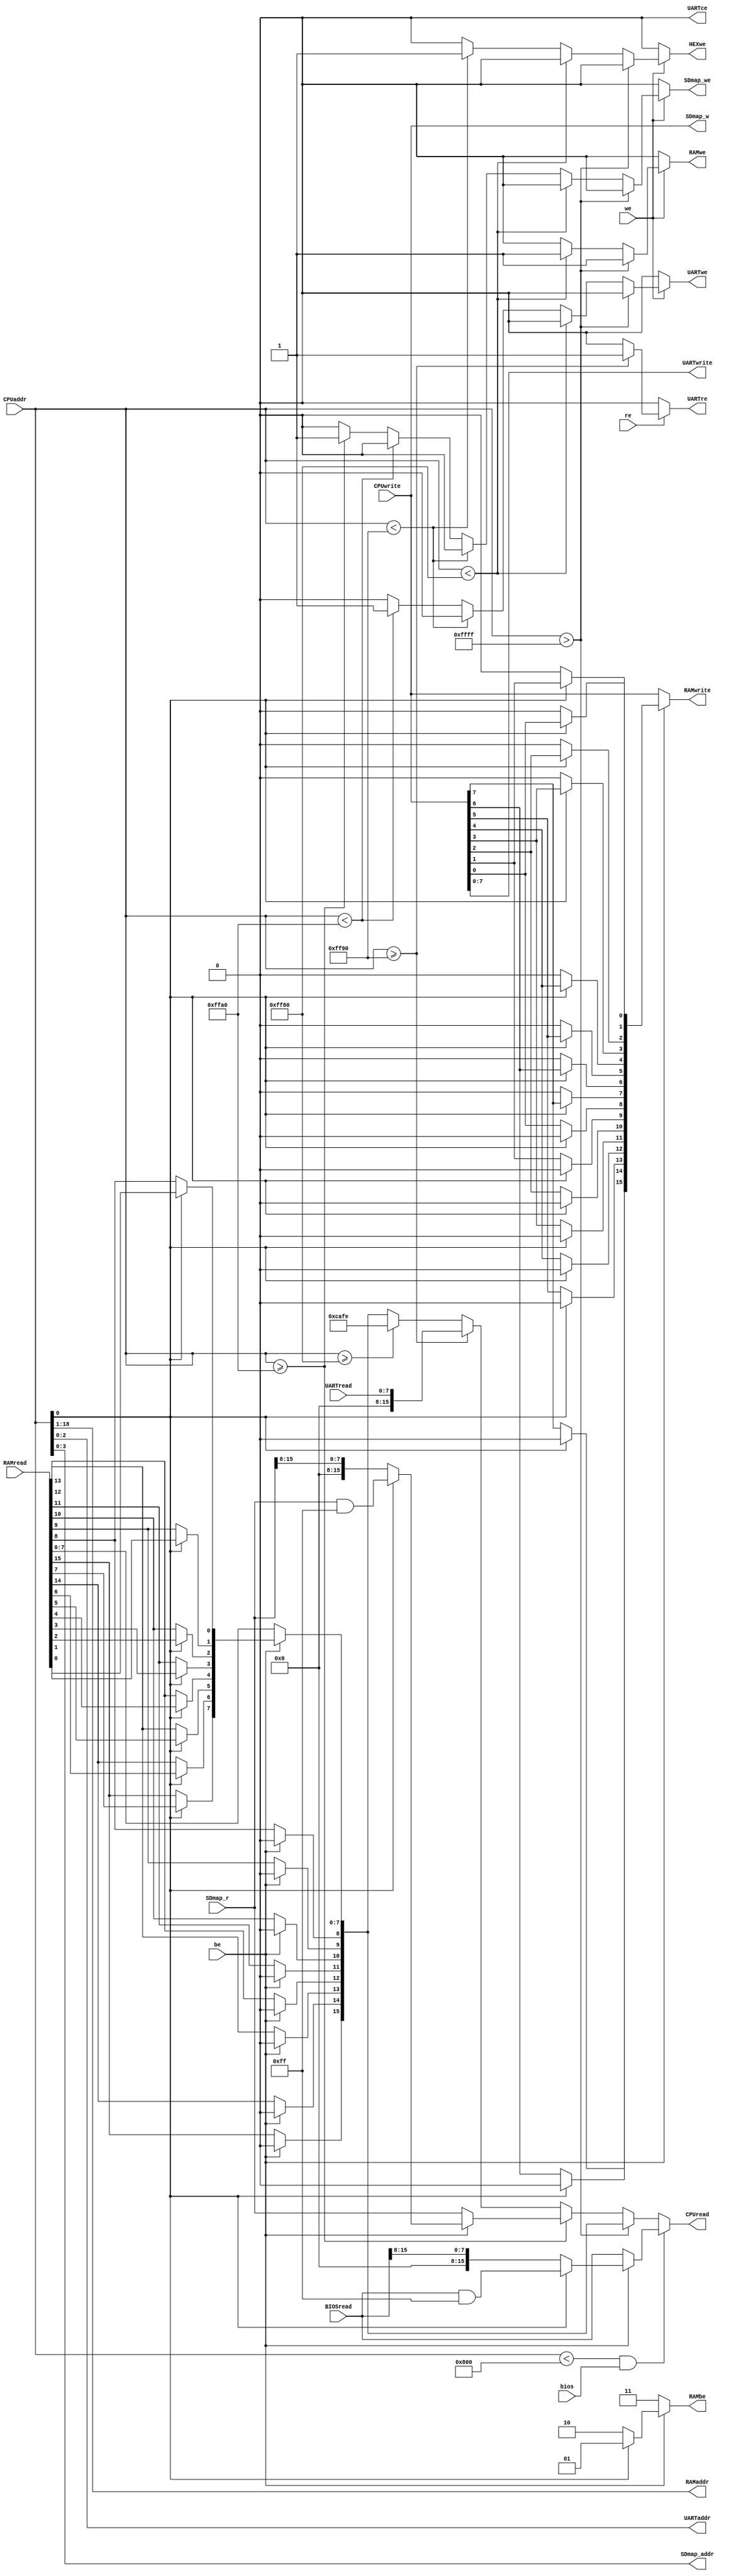
// Memory I/O & bus controller

module memory_io(
 CPUread,
 CPUwrite,
 CPUaddr,
 be,
 we,
 re,
 RAMread,
 RAMwrite,
 RAMaddr,
 RAMbe,
 RAMwe,
 UARTread,
 UARTwrite,
 UARTaddr,
 UARTwe,
 UARTre,
 UARTce,
 HEXwe,
 BIOSread,
 bios,
 SDmap_r,
 SDmap_w,
 SDmap_addr,
 SDmap_we
);

output [3:0] SDmap_addr;

input [15:0] CPUwrite, RAMread, BIOSread, SDmap_r;
output [15:0] CPUread, RAMwrite, SDmap_w;

input [7:0] UARTread;
output [7:0] UARTwrite;

input [18:0] CPUaddr;
output [17:0] RAMaddr;
output [2:0] UARTaddr;

input we, be, re, bios;
output RAMwe, UARTwe, UARTre, UARTce, HEXwe, SDmap_we;
output [1:0] RAMbe;

// internal thingies
wire [17:0] RAMaddr;
wire [15:0] CPUread;
reg [15:0] data, wdata, BIOSdata, SDdata;
reg RAMwe, UARTwe, UARTce, UARTre, HEXwe, SDmap_we;
reg [31:0] SDw_buf, SDr_buf;

reg [1:0] RAMbe;

// Memory map
// 0x0000 - 0xff6f -> RAM
// 0xff70 - 0xff7f -> Interrupt vector (16 instructions max, push fault_nr and branch_) - is just RAM
// 0xff80 - 0xff8f -> 7SEG display (and other onboard i/o later (e.g. switches and buttons))
// 0xff90 - 0xff9f -> UART 16450
// 0xffa0 - 0xffaf -> SD card (wishbone)

parameter HEXbase = 16'hff80, Sbase = 16'hff90, SDbase = 16'hffa0;

assign RAMwrite = wdata;
assign UARTwrite = CPUwrite[7:0];
assign SDmap_w = CPUwrite;
assign SDmap_addr = CPUaddr[3:0];

// shift addr right one bit to translate from byte address to word address (RAM is in words)
assign RAMaddr[0] = CPUaddr[1];
assign RAMaddr[1] = CPUaddr[2];
assign RAMaddr[2] = CPUaddr[3];
assign RAMaddr[3] = CPUaddr[4];
assign RAMaddr[4] = CPUaddr[5];
assign RAMaddr[5] = CPUaddr[6];
assign RAMaddr[6] = CPUaddr[7];
assign RAMaddr[7] = CPUaddr[8];
assign RAMaddr[8] = CPUaddr[9];
assign RAMaddr[9] = CPUaddr[10];
assign RAMaddr[10] = CPUaddr[11];
assign RAMaddr[11] = CPUaddr[12];
assign RAMaddr[12] = CPUaddr[13];
assign RAMaddr[13] = CPUaddr[14];
assign RAMaddr[14] = CPUaddr[15];
assign RAMaddr[15] = CPUaddr[16];
assign RAMaddr[16] = CPUaddr[17];
assign RAMaddr[17] = CPUaddr[18];

assign UARTaddr[0] = CPUaddr[0];
assign UARTaddr[1] = CPUaddr[1];
assign UARTaddr[2] = CPUaddr[2];

// this is the memory map implementation
assign CPUread = (CPUaddr < 16'h0800 && bios == 1) ? BIOSdata :
								 (CPUaddr > 16'hffff) ? data :
								 (CPUaddr >= SDbase) ? SDdata :
								 (CPUaddr >= Sbase) ? UARTread :
								 (CPUaddr >= HEXbase) ? 16'hcafe :
								 data;

always @* begin
	RAMwe = 0;
	UARTwe = 0;
	SDmap_we = 0;
	UARTce = 0;
	UARTre = 0;
	HEXwe = 0;

	if (we) begin
		if (CPUaddr > 16'hffff) begin
			RAMwe = 1;
		end else if (CPUaddr < HEXbase) begin
			RAMwe = 1;
		end else if (CPUaddr < Sbase) begin
			HEXwe = 1;
		end else if (CPUaddr < SDbase) begin
			UARTwe = 1;
		end else if (CPUaddr >= SDbase) begin
			SDmap_we = 1;
		end
	end

	if (re) begin
		if(CPUaddr >= Sbase)
			UARTre = 1;
	end

	if (re) begin
		RAMbe = 2'b11;
	end

	wdata = CPUwrite;
  RAMbe = 2'b11;
  //if(we == 1) begin
  if(be == 1) begin
    if(CPUaddr[0] == 1) begin
      // address is odd - we need to write to the low byte
      wdata[0] = CPUwrite[0];
      wdata[1] = CPUwrite[1];
      wdata[2] = CPUwrite[2];
      wdata[3] = CPUwrite[3];
      wdata[4] = CPUwrite[4];
      wdata[5] = CPUwrite[5];
      wdata[6] = CPUwrite[6];
      wdata[7] = CPUwrite[7];
      wdata[8] = 1'b0;
      wdata[9] = 1'b0;
      wdata[10] = 1'b0;
      wdata[11] = 1'b0;
      wdata[12] = 1'b0;
      wdata[13] = 1'b0;
      wdata[14] = 1'b0;
      wdata[15] = 1'b0;
      //ue = 1'b0;
      //le = 1;
      RAMbe = 2'b01;
    end else begin
      wdata[0] = 1'b0;
      wdata[1] = 1'b0;
      wdata[2] = 1'b0;
      wdata[3] = 1'b0;
      wdata[4] = 1'b0;
      wdata[5] = 1'b0;
      wdata[6] = 1'b0;
      wdata[7] = 1'b0;
      wdata[8] = CPUwrite[0];
      wdata[9] = CPUwrite[1];
      wdata[10] = CPUwrite[2];
      wdata[11] = CPUwrite[3];
      wdata[12] = CPUwrite[4];
      wdata[13] = CPUwrite[5];
      wdata[14] = CPUwrite[6];
      wdata[15] = CPUwrite[7];
      //ue = 1;
      //le = 0;
      RAMbe = 2'b10;
    end
  end

	data = RAMread;
  if(be == 1) begin
    if(CPUaddr[0] == 1) begin
      // address is odd - we need to read the low byte
      data[0] = RAMread[0];
      data[1] = RAMread[1];
      data[2] = RAMread[2];
      data[3] = RAMread[3];
      data[4] = RAMread[4];
      data[5] = RAMread[5];
      data[6] = RAMread[6];
      data[7] = RAMread[7];
    end else begin
      data[0] = RAMread[8];
      data[1] = RAMread[9];
      data[2] = RAMread[10];
      data[3] = RAMread[11];
      data[4] = RAMread[12];
      data[5] = RAMread[13];
      data[6] = RAMread[14];
      data[7] = RAMread[15];
    end
    data[8] = 0;
    data[9] = 0;
    data[10] = 0;
    data[11] = 0;
    data[12] = 0;
    data[13] = 0;
    data[14] = 0;
    data[15] = 0;
	end

	BIOSdata = BIOSread;
	if(be == 1)begin
    if(CPUaddr[0] == 1) begin
      // address is odd - we need to read the low byte
			BIOSdata = BIOSread & 16'hff;
		end else begin
			BIOSdata = BIOSread >> 8;
		end
	end

	SDdata = SDmap_r;
	if(be == 1)begin
    if(CPUaddr[0] == 1) begin
      // address is odd - we need to read the low byte
			SDdata = SDmap_r & 16'hff;
		end else begin
			SDdata = SDmap_r >> 8;
		end
	end


end

endmodule